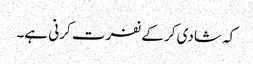
کہ شادی کر کے نفرت کرنی ہے۔